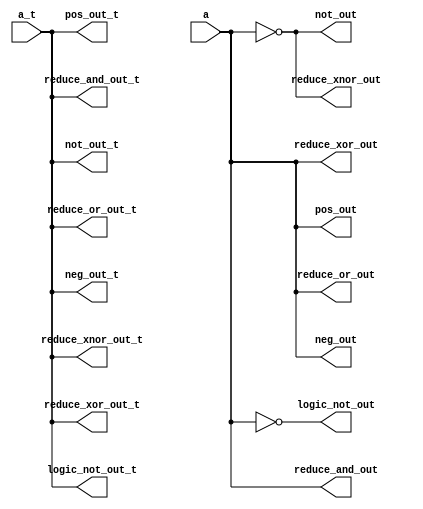
module m_0( 
    a, a_t,
    not_out, not_out_t, pos_out, pos_out_t, neg_out, neg_out_t, reduce_and_out, reduce_and_out_t, reduce_or_out, reduce_or_out_t, reduce_xor_out, reduce_xor_out_t, reduce_xnor_out, reduce_xnor_out_t, logic_not_out, logic_not_out_t);
  input wire a;
  input wire [31:0] a_t;
  output wire not_out;
  output wire pos_out;
  output wire neg_out;
  output wire reduce_and_out;
  output wire reduce_or_out;
  output wire reduce_xor_out;
  output wire reduce_xnor_out;
  output wire logic_not_out;
  output wire [31:0] not_out_t, pos_out_t, neg_out_t, reduce_and_out_t, reduce_or_out_t, reduce_xor_out_t, reduce_xnor_out_t, logic_not_out_t;
  
  assign not_out = ~a;
  assign not_out_t = a_t;
  assign pos_out = +a;
  assign pos_out_t = a_t;
  assign neg_out = -a;
  assign neg_out_t = a_t;
  assign reduce_and_out = &a;
  assign reduce_and_out_t = a_t;
  assign reduce_or_out = |a;
  assign reduce_or_out_t = a_t;
  assign reduce_xor_out = ^a;
  assign reduce_xor_out_t = a_t;
  assign reduce_xnor_out = ~^a;
  assign reduce_xnor_out_t = a_t;
  assign logic_not_out = !a;
  assign logic_not_out_t = a_t;
  
endmodule